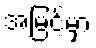
အမြင့်မှာ